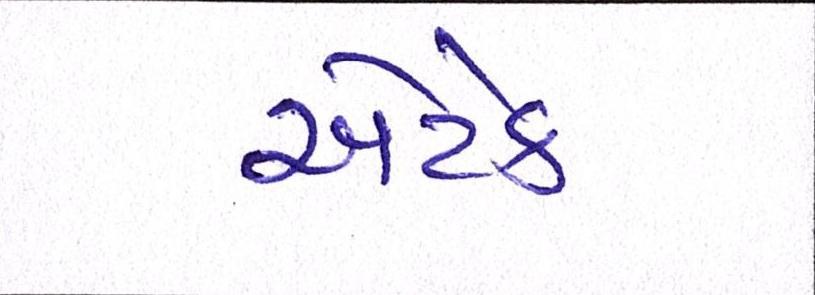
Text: એટેક